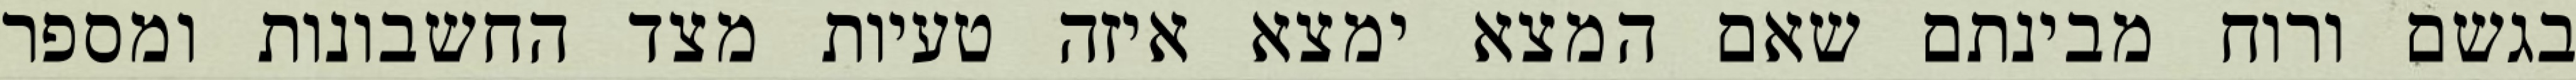
בגשם ורוח מבינתם שאם המצא ימצא איזה טעיות מצד החשבונות ומספר